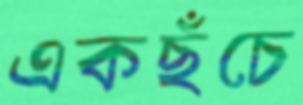
একছঁচে